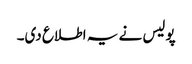
پولیس نے یہ اطلاع دی۔